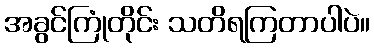
အခွင်ကြုံတိုင်း သတိရကြတာပါပဲ။